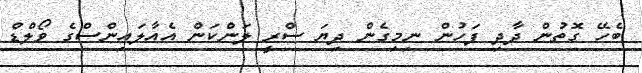
ބެހޭ ގޮތުން ދާދި ފަހުން ނިމިގެން ދިޔަ ސްރީ ލަންކަން އެއާލައިންސްގެ ވޯލްޑް